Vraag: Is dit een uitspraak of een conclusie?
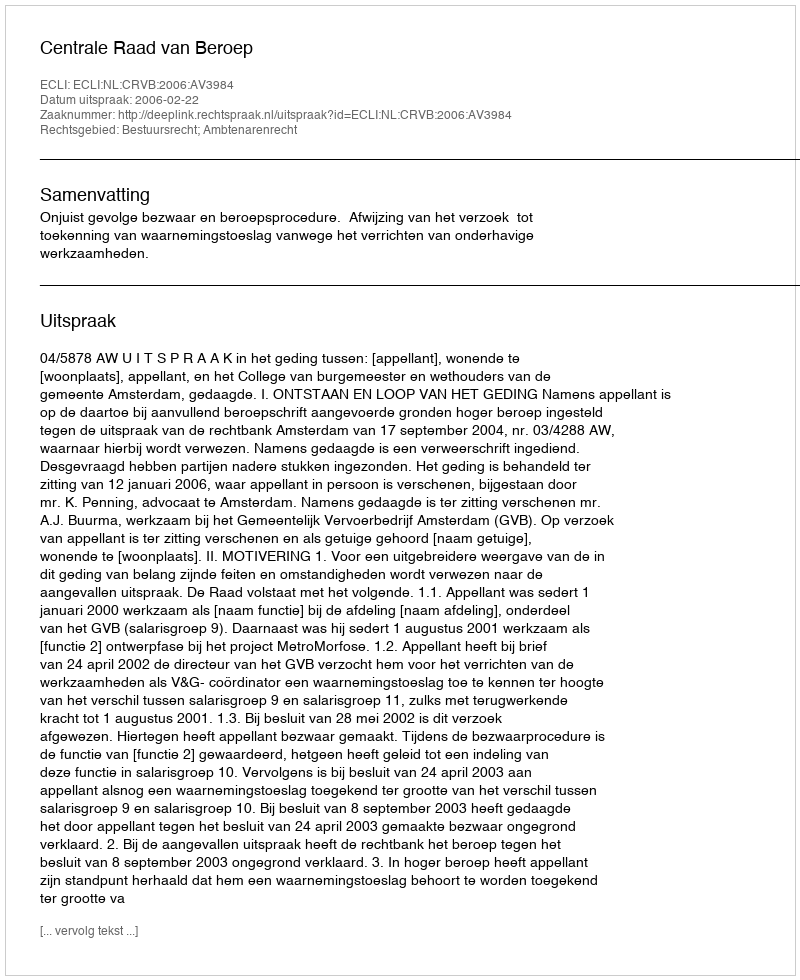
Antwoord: Uitspraak